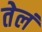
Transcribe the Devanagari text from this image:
तेलं